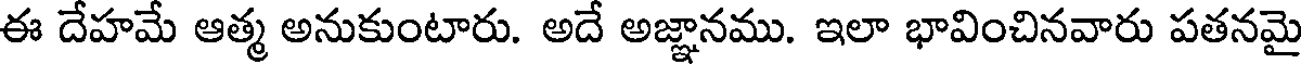
ఈ దేహమే ఆత్మ అనుకుంటారు. అదే అజ్ఞానము. ఇలా భావించినవారు పతనమై